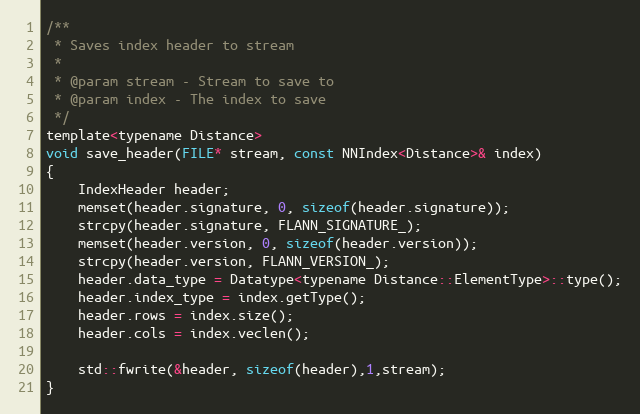
Language: C
/**
 * Saves index header to stream
 *
 * @param stream - Stream to save to
 * @param index - The index to save
 */
template<typename Distance>
void save_header(FILE* stream, const NNIndex<Distance>& index)
{
    IndexHeader header;
    memset(header.signature, 0, sizeof(header.signature));
    strcpy(header.signature, FLANN_SIGNATURE_);
    memset(header.version, 0, sizeof(header.version));
    strcpy(header.version, FLANN_VERSION_);
    header.data_type = Datatype<typename Distance::ElementType>::type();
    header.index_type = index.getType();
    header.rows = index.size();
    header.cols = index.veclen();

    std::fwrite(&header, sizeof(header),1,stream);
}